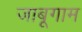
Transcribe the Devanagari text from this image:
जाबूगाम